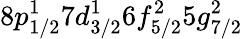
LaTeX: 8p_{1/2}^{1}7d_{3/2}^{1}6f_{5/2}^{2}5g_{7/2}^{2}